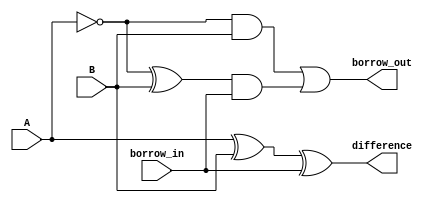
module FullSubtractor (
    input A,
    input B,
    input borrow_in,
    output difference,
    output borrow_out
);

assign difference = (A ^ B) ^ borrow_in;
assign borrow_out = (~A & B) | ((~A ^ B) & borrow_in);

endmodule